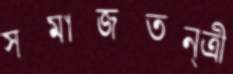
সমাজতন্ত্রী